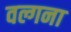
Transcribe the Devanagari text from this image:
वल्गना